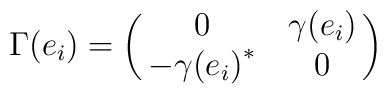
\Gamma(e_i)=\pmatrix{0&\gamma(e_i)\cr -{\gamma(e_i)}^{*}&0}